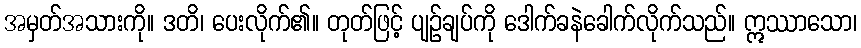
အမှတ်အသားကို။ ဒတိ၊ ပေးလိုက်၏။ တုတ်ဖြင့် ပျဉ်ချပ်ကို ဒေါက်ခနဲခေါက်လိုက်သည်။ ဣဿာသော၊